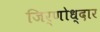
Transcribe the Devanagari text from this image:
जिर्णोध्दार